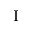
_ \mathrm { I }